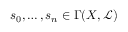
s _ { 0 } , \ldots , s _ { n } \in \Gamma ( X , { \mathcal { L } } )